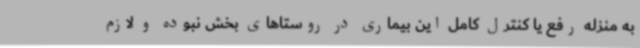
به منزله رفع یا کنترل کامل این بیماری در روستاهای بخش نبوده و لازم